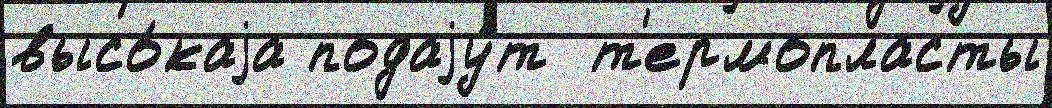
высо́каjа подаjу́т  т'ермопласты